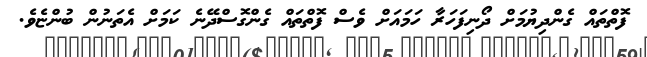
ފޮތްތައް ގެންދިޔުމަށް ދޯނިފަހަރާ ހަމައަށް ވެސް ފޮތްތައް ގެންގޮސްދޭނެ ކަމަށް އެތަނުން ބުންޏެވެ.